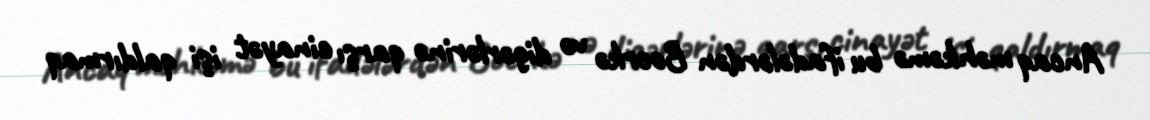
Ancaq məhkəmə bu ifadələrdən Boerkə və digərlərinə qarşı cinayət işi qaldırmaq